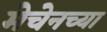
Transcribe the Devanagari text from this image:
मेचेनच्या